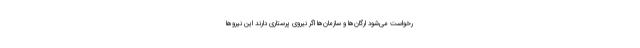
رخواست می‌شود ارگان‌ها و سازمان‌ها اگر نیروی پرستاری دارند این نیروها